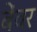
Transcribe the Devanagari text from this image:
बेंवर